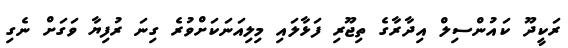
ރަކީދޫ ކައުންސިލް އިދާރާގެ ތިޖޫރި ފަޅާލައި މިލިއަނަކަށްވުރެ ގިނަ ރުފިޔާ ވަގަށް ނެގި